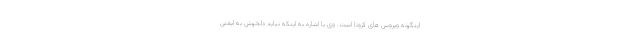
اینگونه ویروس های کرونا است. وی با اشاره به اینکه نباید دلخوش به ایمنی